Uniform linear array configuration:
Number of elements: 8
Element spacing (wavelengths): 0.25
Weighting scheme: hann
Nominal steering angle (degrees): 30
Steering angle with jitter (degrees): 29.897
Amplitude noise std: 0.05
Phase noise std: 0.05

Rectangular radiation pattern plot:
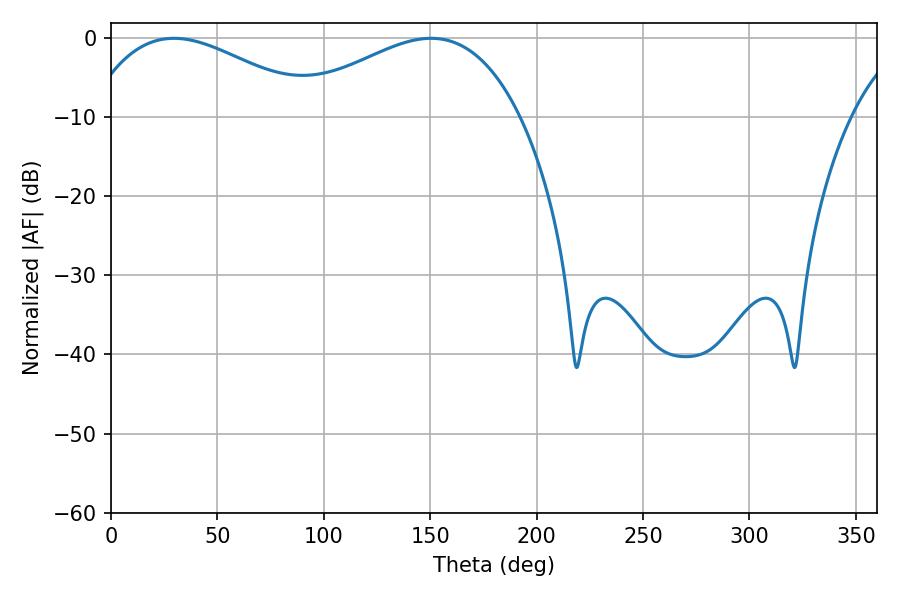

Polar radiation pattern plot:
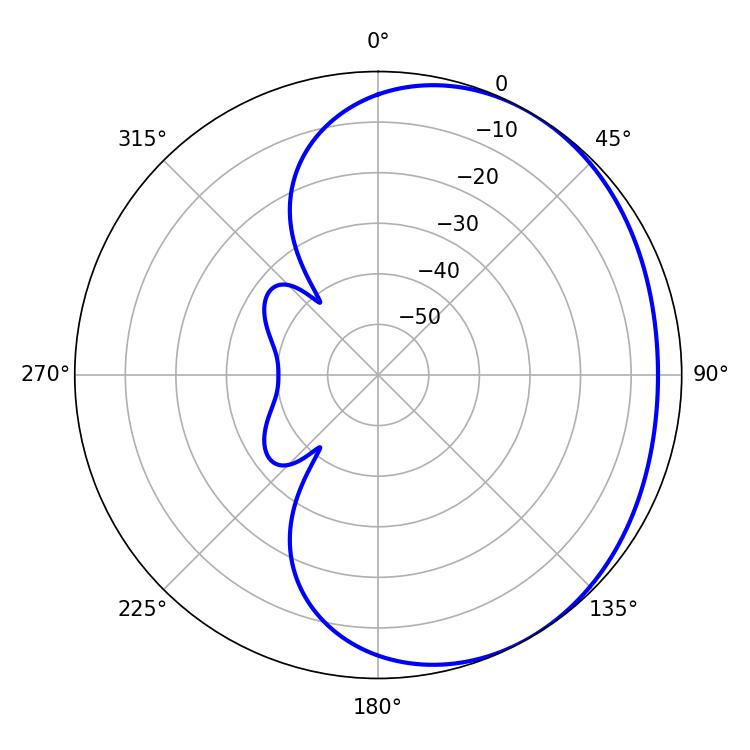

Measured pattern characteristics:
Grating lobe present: FALSE
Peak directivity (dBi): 2.174
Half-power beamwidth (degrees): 59.4
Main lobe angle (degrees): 29.52